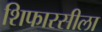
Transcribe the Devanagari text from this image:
शिफारसीला